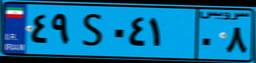
۴۹S۰۴۱۰۸